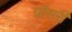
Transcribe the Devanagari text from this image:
ग्रॉसरी